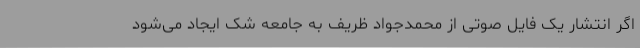
اگر انتشار یک فایل صوتی از محمدجواد ظریف به جامعه شک ایجاد می‌شود